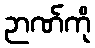
ဉာဏ်ကို